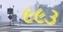
૯૯૩